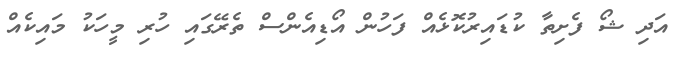
އަދި ޝޯ ފެށިތާ ކުޑައިރުކޮޅެއް ފަހުން އޯޑިއެންސް ތެރޭގައި ހުރި މީހަކު މައިކެއް